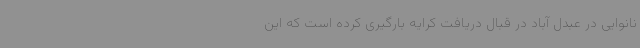
نانوایی در عبدل آباد در قبال دریافت کرایه بارگیری کرده است که این